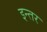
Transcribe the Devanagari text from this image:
इन्तर